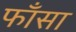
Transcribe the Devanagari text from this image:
फाँसा